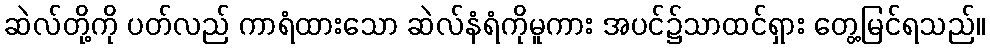
ဆဲလ်တို့ကို ပတ်လည် ကာရံထားသော ဆဲလ်နံရံကိုမူကား အပင်၌သာထင်ရှား တွေ့မြင်ရသည်။